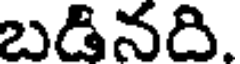
బడినది.